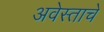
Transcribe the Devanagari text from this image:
अवेस्ताचे